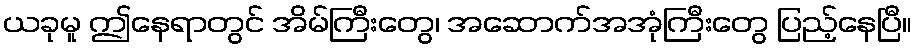
ယခုမူ ဤနေရာတွင် အိမ်ကြီးတွေ၊ အဆောက်အအုံကြီးတွေ ပြည့်နေပြီ။